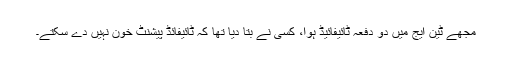
مجھے ٹین ایج میں دو دفعہ ٹائیفائیڈ ہوا، کسی نے بتا دیا تھا کہ ٹائیفائڈ پیشنٹ خون نہیں دے سکتے۔